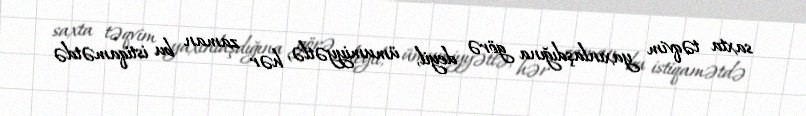
saxta təqvim yaxınlaşdığına görə deyil, ümumiyyətlə, hər zaman bu istiqamətdə